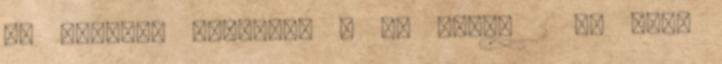
Ez férfiak esetében 4 dl sört, 2 dl bort